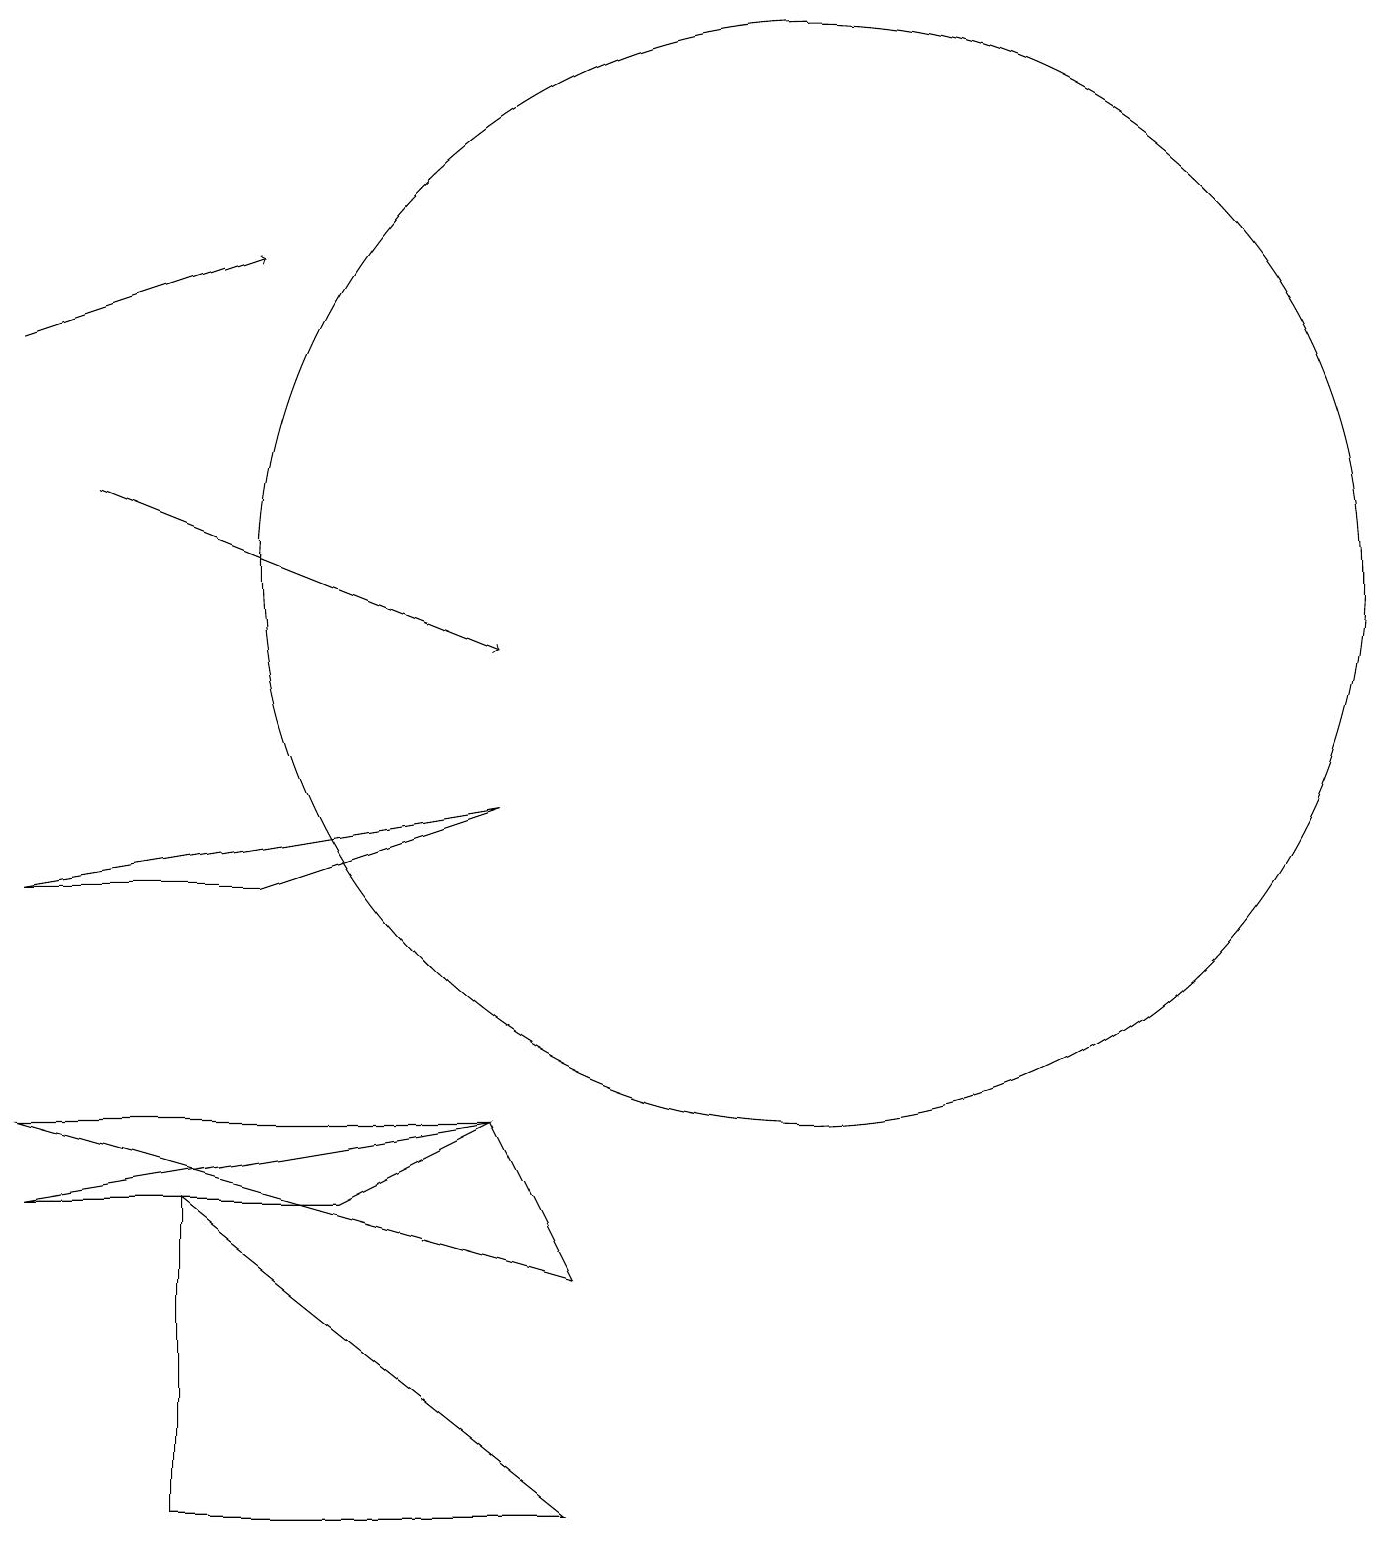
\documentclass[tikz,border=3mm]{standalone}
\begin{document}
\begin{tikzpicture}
\draw[->] (0,15) -- (3,16);
\draw (0,5) -- (6,5) -- (7,3) -- cycle;
\draw (6,9) -- (0,8) -- (3,8) -- cycle;
\draw (6,5) -- (4,4) -- (0,4) -- cycle;
\draw[->] (1,13) -- (6,11);
\draw (7,0) -- (2,0) -- (2,4) -- cycle;
\draw (10,12) circle (7);
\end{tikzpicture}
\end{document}